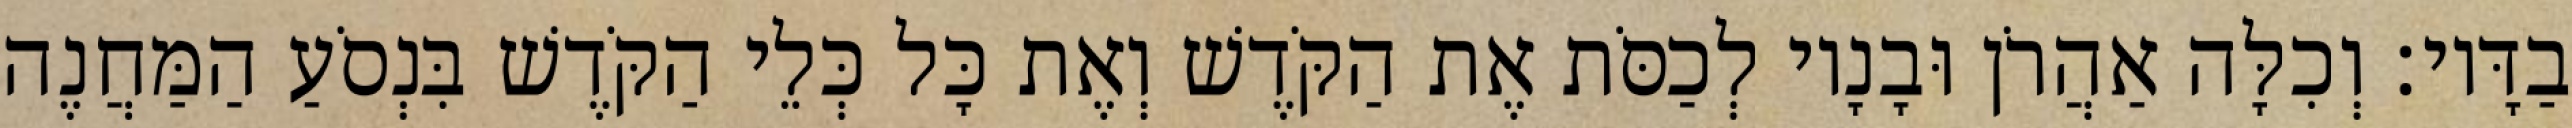
בַדָּיו׃ וְכִלָּה אַהֲרֹן וּבָנָיו לְכַסֹּת אֶת הַקֹּדֶשׁ וְאֶת כָּל כְּלֵי הַקֹּדֶשׁ בִּנְסֹעַ הַמַּחֲנֶה